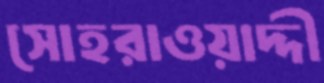
সোহরাওয়াদ্দী